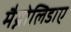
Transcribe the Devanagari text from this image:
मैग्नोलिडाए